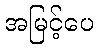
အမြင့်ပေ